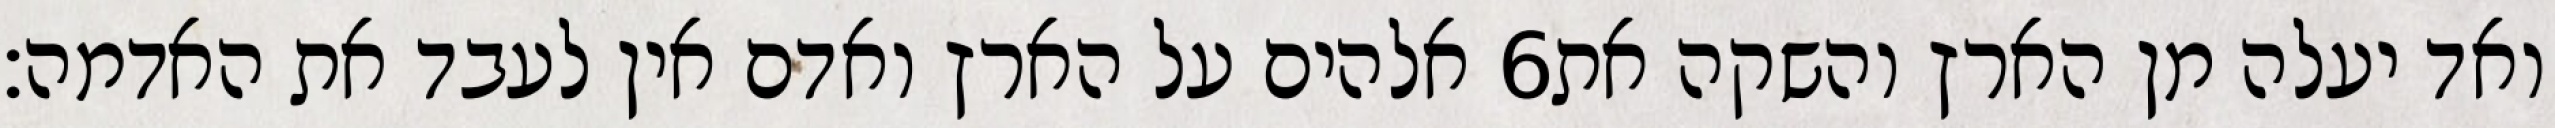
אלהים על הארץ ואדם אין לעבד את האדמה׃ ‎6‏ ואד יעלה מן הארץ והשקה את